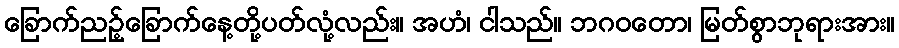
ခြောက်ညဉ့်ခြောက်နေ့တို့ပတ်လုံ့လည်း။ အဟံ၊ ငါသည်။ ဘဂဝတော၊ မြတ်စွာဘုရားအား။